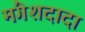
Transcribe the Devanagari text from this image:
मंगेशदादा